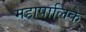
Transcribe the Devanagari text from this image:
महापालिके